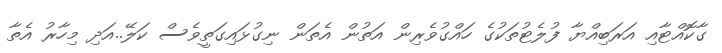
ގާކޮއްޓާއި އަރަބިއްޔާ ފުލެޓުތަކުގެ ހައްގުވެރިން އަތުން އެތަން ނިގުޅައިގަތީވެސް ކަލޭ..އަދި މިހާރު އެތާ